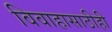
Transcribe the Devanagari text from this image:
विवाहासाठीही